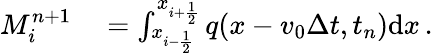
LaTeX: \begin{array}{rl}{M_{i}^{n+1}}&{{}=\int_{x_{i-\frac{1}{2}}}^{x_{i+\frac{1}{2}}}q(x-v_{0}\Delta t,t_{n})\mathrm{d}x\, .}\end{array}